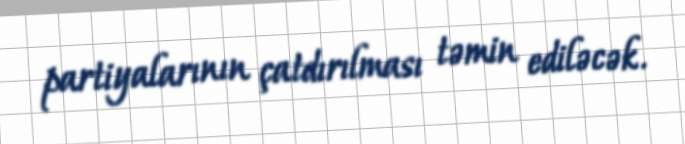
partiyalarının çatdırılması təmin ediləcək.